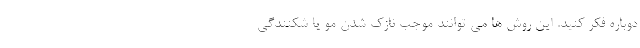
دوباره فکر کنید. این روش ها می توانند موجب نازک شدن مو یا شکنندگی